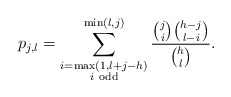
\begin{align*}p_{j,l} =\sum_{\substack{i=\max(1,l+j-h)\\ i~\textrm{odd}}} ^{ \min (l,j)} \frac{ \binom{j}{i} \binom{h-j}{l-i} } { \binom{h}{l} }.\end{align*}